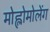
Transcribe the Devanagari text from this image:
मोह्लोमोलेंग